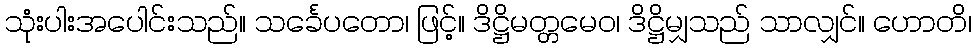
သုံးပါးအပေါင်းသည်။ သင်္ခေပတော၊ ဖြင့်။ ဒိဋ္ဌိမတ္တမေဝ၊ ဒိဋ္ဌိမျှသည် သာလျှင်။ ဟောတိ၊